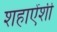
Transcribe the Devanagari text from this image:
शहाऐंशी